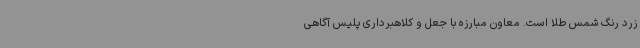
زرد رنگ شمس طلا است. معاون مبارزه با جعل و کلاهبرداری پلیس آگاهی